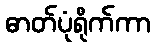
ဓာတ်ပုံရိုက်ကာ